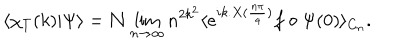
LaTeX: \langle \chi _ { T } ( k ) | \Psi \rangle = \mathcal { N } \lim _ { n \to \infty } n ^ { 2 k ^ { 2 } } \langle e ^ { i k . X ( \frac { n \pi } { 4 } ) } f \circ \Psi ( 0 ) \rangle _ { C _ { n } } .